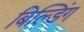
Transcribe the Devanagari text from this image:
बिल्‍डिंग